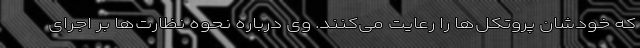
که خودشان پروتکل‌ها را رعایت می‌کنند. وی درباره نحوه نظارت‌ها بر اجرای